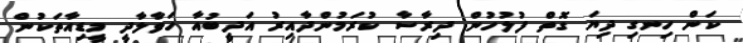
ކަން ހިނގި ދިޔަ ގޮތް ފުލުހުން ދިރާސާ ކުރަމުންދާއިރު އަދީބުއާ ހަވާލާދީ މީޑިއާތަކުން